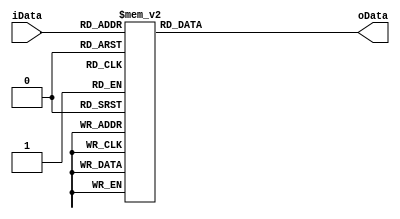
`timescale 1ns / 1ps

module display7(
    input [3:0] iData,
    output reg [6:0] oData
    );
    
     always@(iData)
        case(iData)
            4'b0000: oData = 7'b1000000;
            4'b0001: oData = 7'b1111001;
            4'b0010: oData = 7'b0100100;
            4'b0011: oData = 7'b0110000;
            4'b0100: oData = 7'b0011001;
            4'b0101: oData = 7'b0010010;
            4'b0110: oData = 7'b0000010;
            4'b0111: oData = 7'b1111000;
            4'b1000: oData = 7'b0000000;
            4'b1001: oData = 7'b0010000;
            default: oData = 7'b1111111;
        endcase
   
endmodule